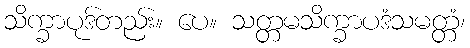
သိက္ခာပုဒ်တည်း။ ပေ။ သတ္တမသိက္ခာပဒံသမတ္တံ၊